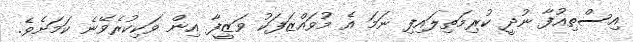
އިސްތިއުފާ ނުދީ ކުރިމަތިލައިފި ނަމަ އެ މުވައްޒަފަކު ވަޒީފާ އިން ވަކިކުރެވޭނެ ކަމަށެވެ.